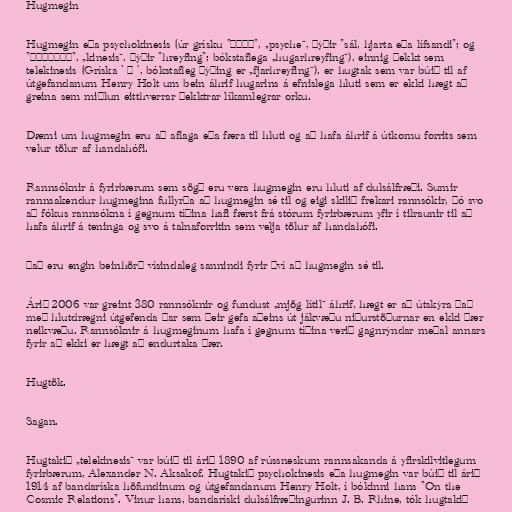
Hugmegin

Hugmegin eða psychokinesis (úr grísku "ψυχή", „psyche“, þýðir "sál, hjarta eða lífsandi"; og
"κίνησις", „kinesis“, þýðir "hreyfing"; bókstaflega „hugarhreyfing“), einnig þekkt sem
telekinesis (Gríska ' + ', bókstafleg þýðing er „fjarhreyfing“), er hugtak sem var búið til af
útgefandanum Henry Holt um bein áhrif hugarins á efnislega hluti sem er ekki hægt að
greina sem miðlun eitthverrar þekktrar líkamlegrar orku.

Dæmi um hugmegin eru að aflaga eða færa til hluti og að hafa áhrif á útkomu forrits sem
velur tölur af handahófi.

Rannsóknir á fyrirbærum sem sögð eru vera hugmegin eru hluti af dulsálfræði. Sumir
rannsakendur hugmegina fullyrða að hugmegin sé til og eigi skilið frekari rannsókir, þó svo
að fókus rannsókna í gegnum tíðina hafi færst frá stórum fyrirbærum yfir í tilraunir til að
hafa áhrif á teninga og svo á talnaforritin sem velja tölur af handahófi.

Það eru engin beinhörð vísindaleg sannindi fyrir því að hugmegin sé til.

Árið 2006 var greint 380 rannsóknir og fundust „mjög lítil“ áhrif, hægt er að útskýra það
með hlutdrægni útgefenda þar sem þeir gefa aðeins út jákvæðu niðurstöðurnar en ekki þær
neikvæðu. Rannsóknir á hugmeginum hafa í gegnum tíðina verið gagnrýndar meðal annars
fyrir að ekki er hægt að endurtaka þær.

Hugtök.

Sagan.

Hugtakið „telekinesis“ var búið til árið 1890 af rússneskum rannsakanda á yfirskilvitlegum
fyrirbærum, Alexander N. Aksakof. Hugtakið psychokinesis eða hugmegin var búið til árið
1914 af bandaríska höfundinum og útgefandanum Henry Holt, í bókinni hans "On the
Cosmic Relations". Vinur hans, bandaríski dulsálfræðingurinn J. B. Rhine, tók hugtakið